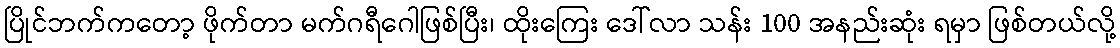
ပြိုင်ဘက်ကတော့ ဖိုက်တာ မက်ဂရီဂေါဖြစ်ပြီး၊ ထိုးကြေး ဒေါ်လာ သန်း 100 အနည်းဆုံး ရမှာ ဖြစ်တယ်လို့